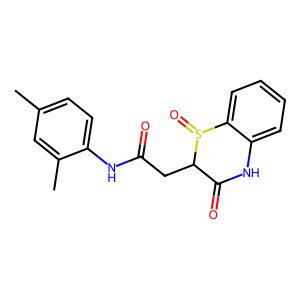
SMILES: Cc1ccc(NC(=O)CC2C(=O)Nc3ccccc3S2=O)c(C)c1
Inhibits HIV replication: No